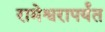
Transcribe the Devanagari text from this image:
रामेश्वरापर्यंत